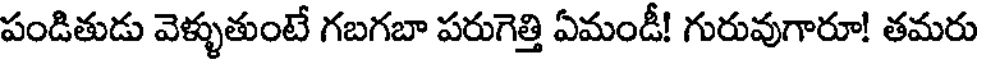
పండితుడు వెళ్ళుతుంటే గబగబా పరుగెత్తి ఏమండీ! గురువుగారూ! తమరు